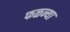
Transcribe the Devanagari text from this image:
फळन्या